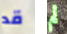
قد لم